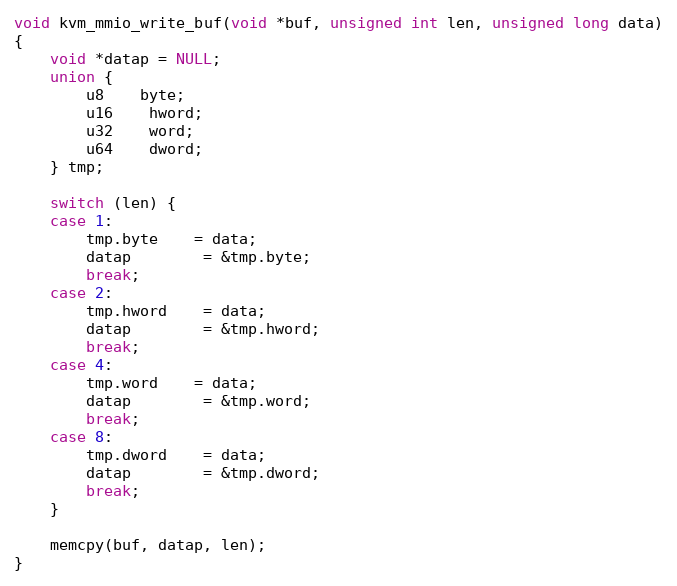
Language: C
void kvm_mmio_write_buf(void *buf, unsigned int len, unsigned long data)
{
	void *datap = NULL;
	union {
		u8	byte;
		u16	hword;
		u32	word;
		u64	dword;
	} tmp;

	switch (len) {
	case 1:
		tmp.byte	= data;
		datap		= &tmp.byte;
		break;
	case 2:
		tmp.hword	= data;
		datap		= &tmp.hword;
		break;
	case 4:
		tmp.word	= data;
		datap		= &tmp.word;
		break;
	case 8:
		tmp.dword	= data;
		datap		= &tmp.dword;
		break;
	}

	memcpy(buf, datap, len);
}